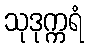
သုဒုက္ကရံ